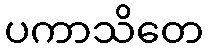
ပကာသိတေ